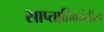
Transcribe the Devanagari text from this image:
साप्ताहिकांतील